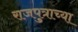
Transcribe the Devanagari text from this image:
राजपुत्राच्या